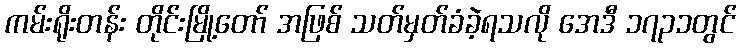
ကမ်းရိုးတန်း တိုင်းမြို့တော် အဖြစ် သတ်မှတ်ခံခဲ့ရသလို အေဒီ ၁၇၃၁တွင်